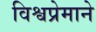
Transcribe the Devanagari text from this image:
विश्वप्रेमाने